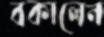
বকালেন